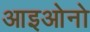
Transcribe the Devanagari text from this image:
आइओनो